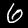
Label: 6